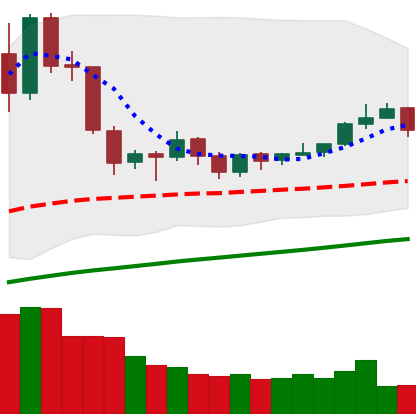
Ticker: EOS-USD
Chart end date: 2019-06-18
Forward return: 6.563%
Label: up_5_7